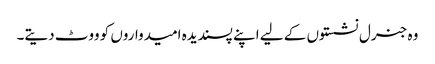
وہ جنرل نشستوں کے لیے اپنے پسندیدہ امیدواروں کو ووٹ دیتے۔